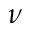
\nu